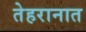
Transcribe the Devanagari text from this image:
तेहरानात